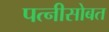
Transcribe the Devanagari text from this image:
पत्नीसोबत